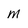
Character: m